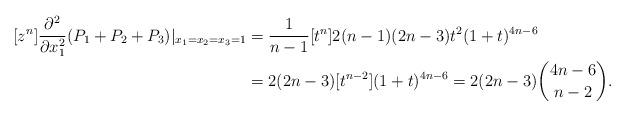
LaTeX: \begin{align*}[z^n] \frac{\partial^2}{\partial x_1^2} (P_1+P_2+P_3) |_{x_1=x_2=x_3 = 1} &= \frac{1}{n-1} [t^n] 2(n-1)(2n-3)t^2 (1+t)^{4n-6} \\&= 2(2n-3) [t^{n-2}](1+t)^{4n-6} = 2(2n-3) \binom{4n-6}{n-2}.\end{align*}